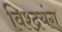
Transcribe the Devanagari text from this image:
विश्द्रयंग